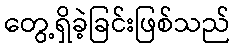
တွေ့ရှိခဲ့ခြင်းဖြစ်သည်